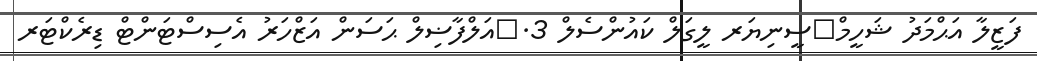
ފަޒީލާ އަޙްމަދު ޝަހީމް	ސީނިޔަރ ލީގަލް ކައުންސެލް 3.	އަލްފާޟިލް ޙަސަން އަޒްހަރު އެސިސްޓަންޓް ޑިރެކްޓަރ